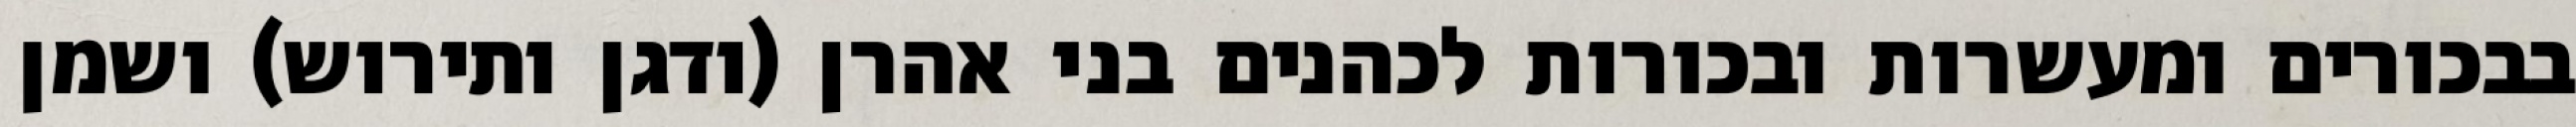
בבכורים ומעשרות ובכורות לכהנים בני אהרן (ודגן ותירוש) ושמן